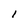
Character: 1